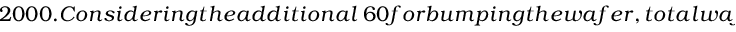
2 0 0 0 . C o n s i d e r i n g t h e a d d i t i o n a l \ 6 0 f o r b u m p i n g t h e w a f e r , t o t a l w a f e r c o s t a t s c a l e ,